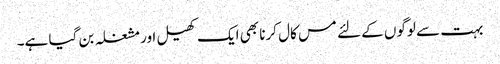
بہت سے لوگوں کے لئے مس کال کرنا بھی ایک کھیل اور مشغلہ بن گیا ہے۔